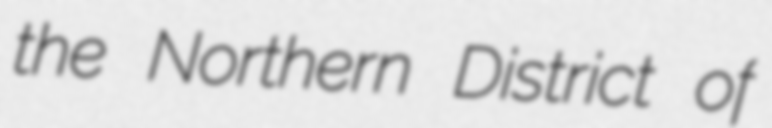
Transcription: the Northern District of